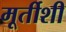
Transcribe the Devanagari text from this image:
मूर्तीशी